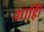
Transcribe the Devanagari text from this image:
शाहीि